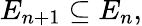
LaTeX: E_{n+1}\subseteq E_{n},